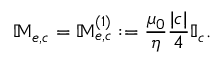
\mathbb { M } _ { e , c } = \mathbb { M } _ { e , c } ^ { ( 1 ) } : = \frac { \mu _ { 0 } } { \eta } \frac { | c | } { 4 } \mathbb { I } _ { c } .